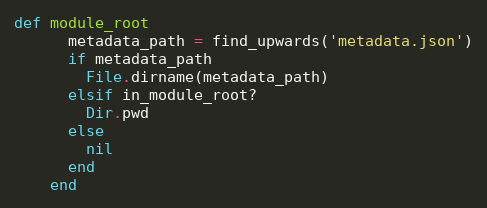
Language: Ruby
def module_root
      metadata_path = find_upwards('metadata.json')
      if metadata_path
        File.dirname(metadata_path)
      elsif in_module_root?
        Dir.pwd
      else
        nil
      end
    end